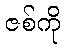
ဇစ်ကို